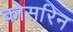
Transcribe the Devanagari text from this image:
कोर्सारेन